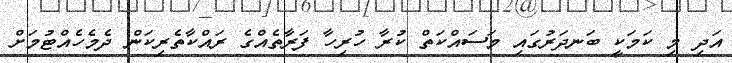
އަދި މި ކަމަކީ ބަނދަރުގައި މަސައްކަތް ކުރާ ހުރިހާ ފަރާތެއްގެ ރައްކާތެރިކަން ދެމެހެއްޓުމަށް